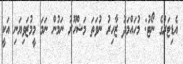
އެޑިޓަރުގެ ނޯޓު: މުހައްމަދު ޒާހިރު ނުވަތަ މަޝްހޫރު ނަމުން ނަމަ މީމުޒަވިޔަނި އަކީ